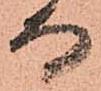
而